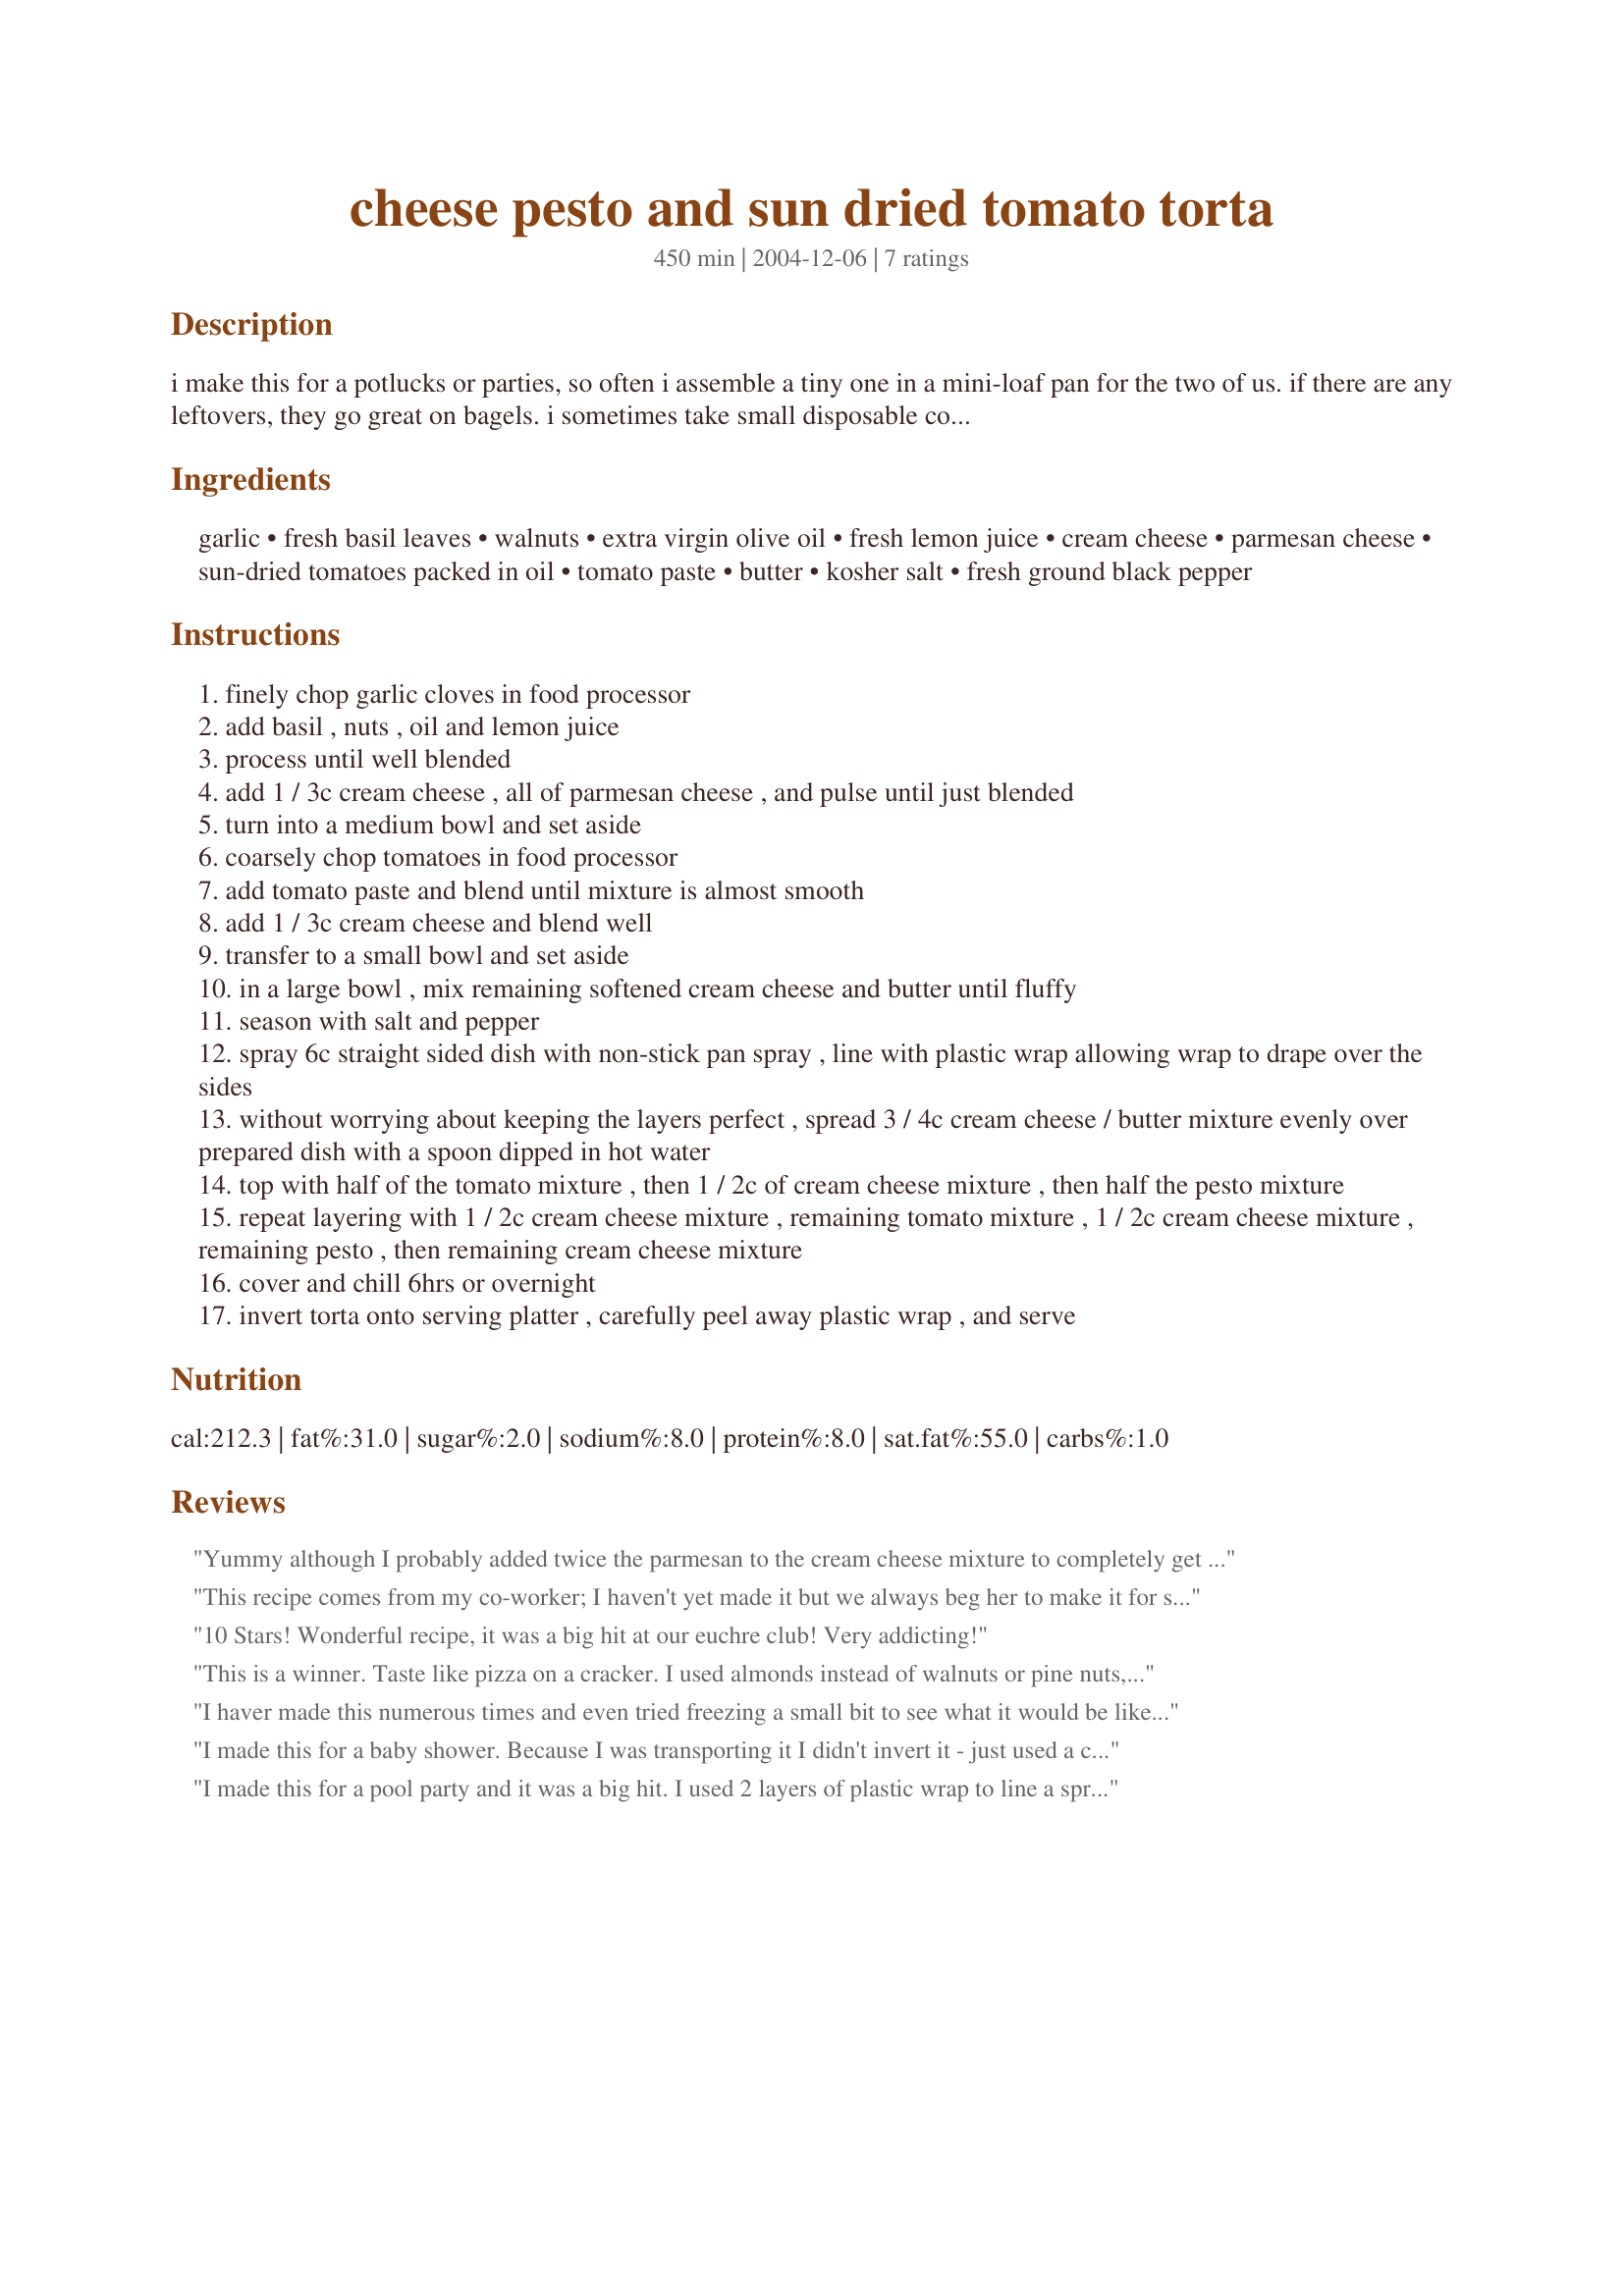
cheese pesto and sun dried tomato torta
Preparation time: 450 minutes

i make this for a potlucks or parties, so often i assemble a tiny one in a mini-loaf pan for the two of us. if there are any leftovers, they go great on bagels. i sometimes take small disposable containers so people can take some home with them. if you want to use pre-made pesto, 3/4-1 cup should be enough for this dish. i usually serve it with assorted crackers, but it goes well on toasted baguette slices and mini-bagels too. it takes awhile to assemble, but cooking time is simply chilling time.

Ingredients:
garlic, fresh basil leaves, walnuts, extra virgin olive oil, fresh lemon juice, cream cheese, parmesan cheese, sun-dried tomatoes packed in oil, tomato paste, butter, kosher salt, fresh ground black pepper

Steps:
finely chop garlic cloves in food processor
add basil , nuts , oil and lemon juice
process until well blended
add 1 / 3c cream cheese , all of parmesan cheese , and pulse until just blended
turn into a medium bowl and set aside
coarsely chop tomatoes in food processor
add tomato paste and blend until mixture is almost smooth
add 1 / 3c cream cheese and blend well
transfer to a small bowl and set aside
in a large bowl , mix remaining softened cream cheese and butter until fluffy
season with salt and pepper
spray 6c straight sided dish with non-stick pan spray , line with plastic wrap allowing wrap to drape over the sides
without worrying about keeping the layers perfect , spread 3 / 4c cream cheese / butter mixture evenly over prepared dish with a spoon dipped in hot water
top with half of the tomato mixture , then 1 / 2c of cream cheese mixture , then half the pesto mixture
repeat layering with 1 / 2c cream cheese mixture , remaining tomato mixture , 1 / 2c cream cheese mixture , remaining pesto , then remaining cream cheese mixture
cover and chill 6hrs or overnight
invert torta onto serving platter , carefully peel away plastic wrap , and serve

Reviews:
Yummy although I probably added twice the parmesan to the cream cheese mixture to completely get rid of the cream cheese taste. Will definitely make again.
This recipe comes from my co-worker; I haven't yet made it but we always beg her to make it for staff parties. It is so creamy and delectable and impossible to stop eating! I will definitely make it for our family holiday get-together this year.
10 Stars! Wonderful recipe, it was a big hit at our euchre club! Very addicting!
This is a winner. Taste like pizza on a cracker. I used almonds instead of walnuts or pine nuts, also used purchased pesto and my tomato paste had basil in it, love basil. Next time I'll use a bowl lined with plastic wrap, I think it will invert well, on to serving plate for a great presentation. Thanks TigerJo ;')
I haver made this numerous times and even tried freezing a small bit to see what it would be like -freezes well. I leave out the nuts as my hubby has a nut allergy and it is still good! We love the rich garlic taste. I serve it with bread, crackers and cruditees. Thanks for a great quick and easy to make recipe!!
I made this for a baby shower. Because I was transporting it I didn't invert it - just used a clear bowl. It was an absolute hit. I think that people would have given it 10 stars if they could have. It was the most requested recipe. I served it with slices of a baguette and when we ran out of bread people were just eating it with a spoon. Great recipe that I will continue to make over and over again. Thanks for posting.
I made this for a pool party and it was a big hit. I used 2 layers of plastic wrap to line a springform pan. When we got to the party, I inverted onto a pedastil dish and then removed the plastic wrap. Looks very inviting. If time is limited, I'd mixed everything together. Definately will be making this again.
